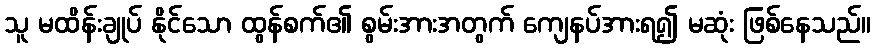
သူ မထိန်းချုပ် နိုင်သော ထွန်စက်၏ စွမ်းအားအတွက် ကျေနပ်အားရ၍ မဆုံး ဖြစ်နေသည်။